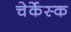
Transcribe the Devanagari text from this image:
चेर्केस्क